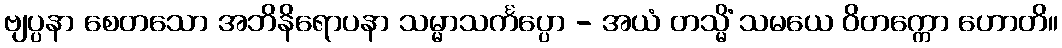
ဗျပ္ပနာ စေတသော အဘိနိရောပနာ သမ္မာသင်္ကပ္ပော - အယံ တသ္မိံ သမယေ ဝိတက္ကော ဟောတိ။